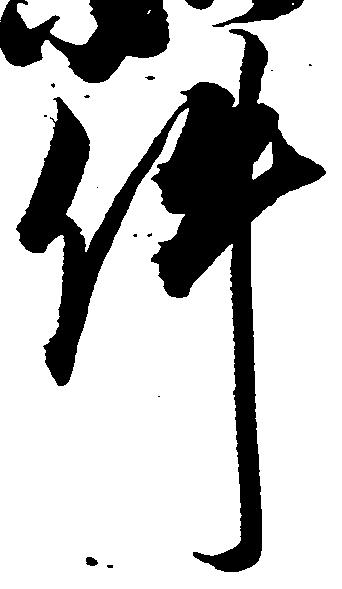
件